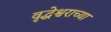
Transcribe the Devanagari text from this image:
वृद्धेश्वराच्या